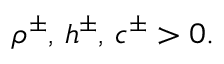
\rho ^ { \pm } , \, h ^ { \pm } , \, c ^ { \pm } > 0 .